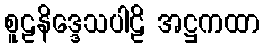
စူဠနိဒ္ဒေသပါဠိ အဋ္ဌကထာ